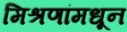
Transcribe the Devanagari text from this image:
मिश्रणांमधून